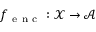
f _ { \mathrm { ~ e ~ n ~ c ~ } } : \mathcal { X } \xrightarrow { } \mathcal { A }